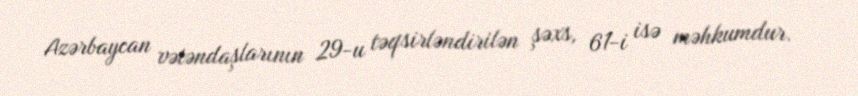
Azərbaycan vətəndaşlarının 29-u təqsirləndirilən şəxs, 61-i isə məhkumdur.